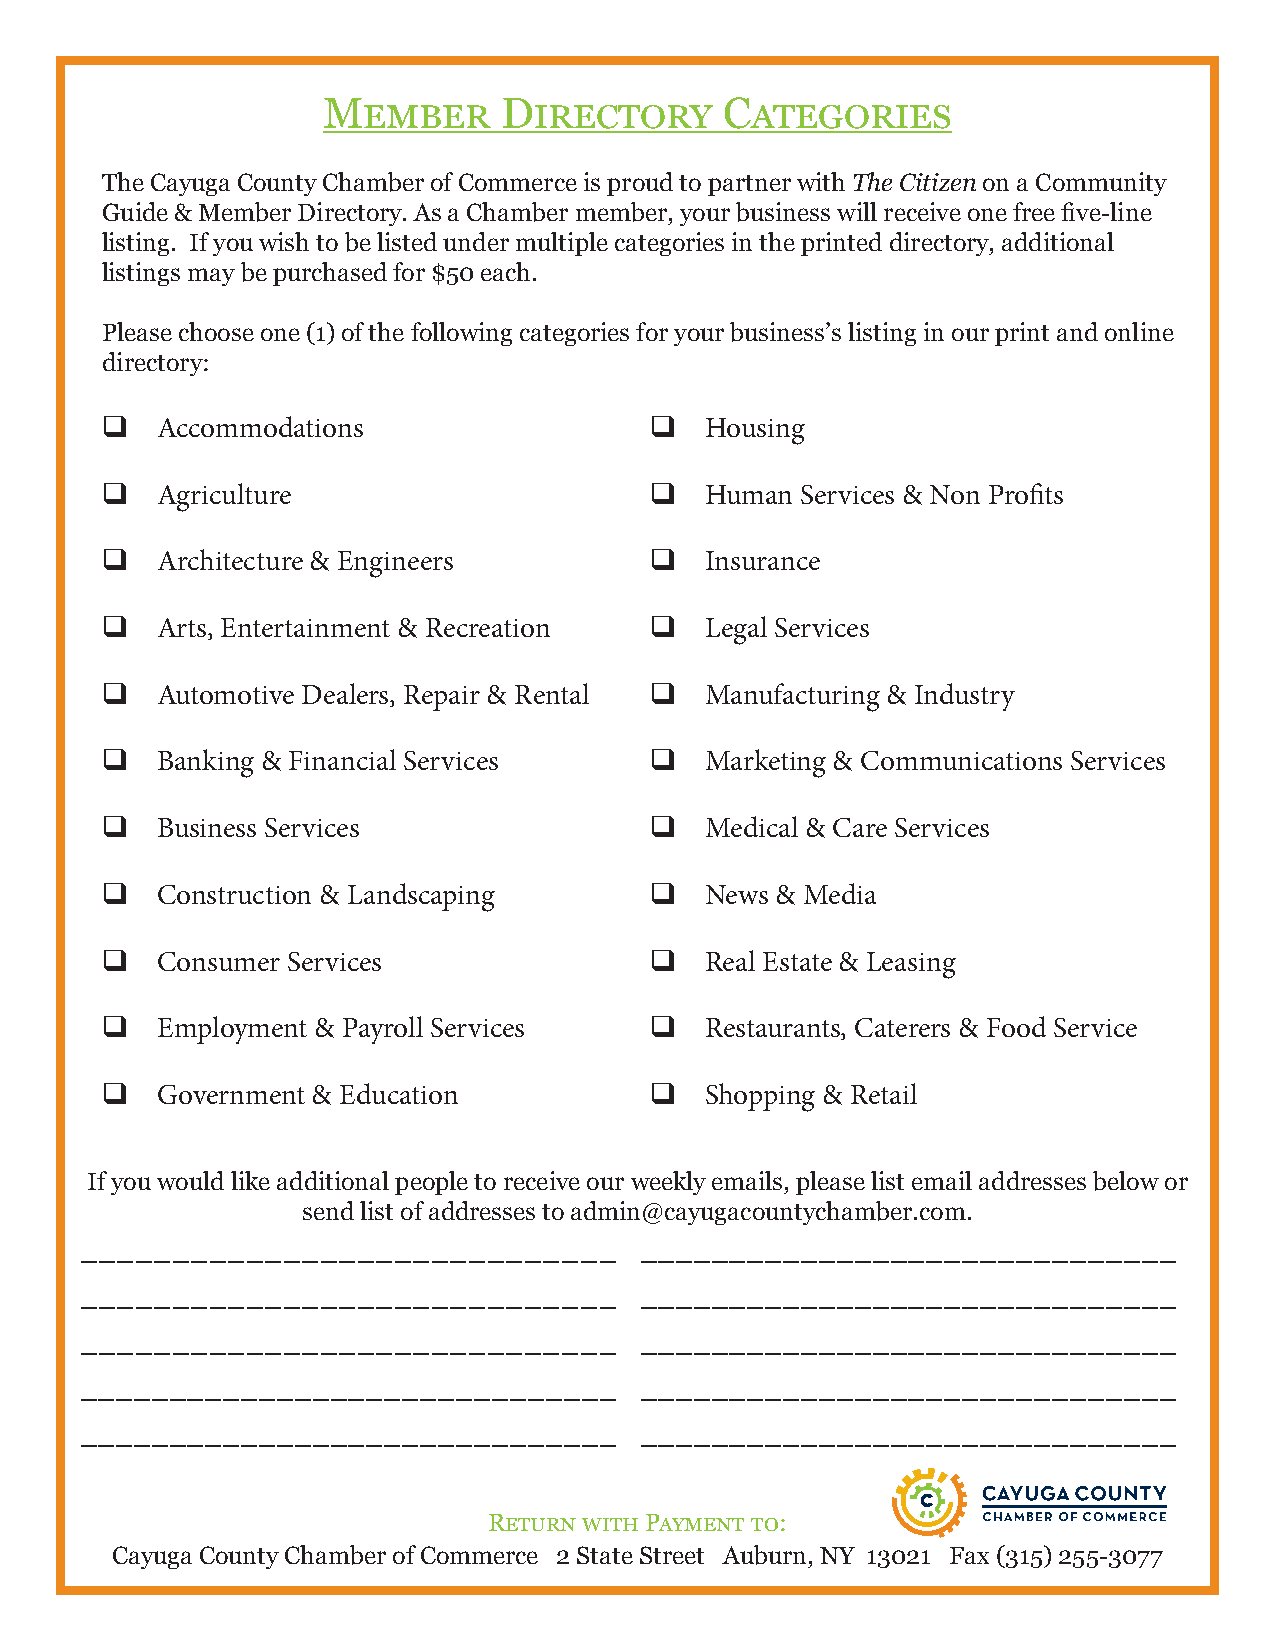
Member      Directory      Categories
 The Cayuga County Chamber of Commerce is proud to partner with The Citizen on a Community
 Guide & Member Directory. As a Chamber member, your business will receive one free five-line
 listing. If you wish to be listed under multiple categories in the printed directory, additional
 listings may be purchased for $50 each.
 Please choose one (1) of the following categories for your business’s listing in our print and online
 directory:
 q  Accommodations                   q   Housing
 q  Agriculture                      q   Human Services & Non Profits
 q  Architecture & Engineers         q   Insurance
 q  Arts, Entertainment & Recreation q   Legal Services
 q  Automotive Dealers, Repair & Rental q Manufacturing & Industry
 q  Banking & Financial Services     q   Marketing & Communications Services
 q  Business Services                q   Medical & Care Services
 q  Construction & Landscaping       q   News & Media
 q  Consumer Services                q   Real Estate & Leasing
 q  Employment & Payroll Services    q   Restaurants, Caterers & Food Service
 q  Government & Education           q   Shopping & Retail
 If you would like additional people to receive our weekly emails, please list email addresses below or
 send list of addresses to admin@cayugacountychamber.com.
 _____________________________        ______________________________
 _____________________________        ______________________________
 _____________________________        ______________________________
 ______________________________       ______________________________
 ______________________________       ______________________________
 Return with Payment to:
 Cayuga County Chamber of Commerce 2 State Street Auburn, NY 13021 Fax (315) 255-3077